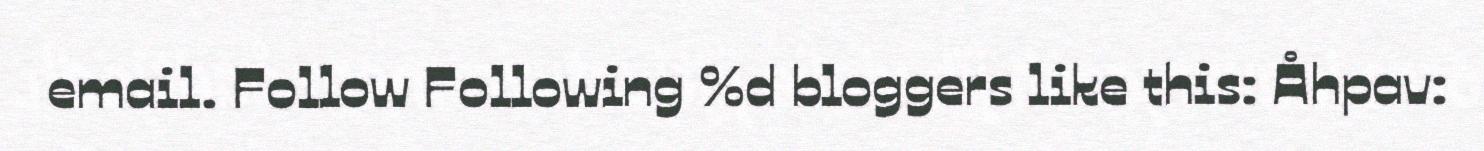
email. Follow Following %d bloggers like this: Åhpav: